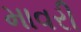
માવરી